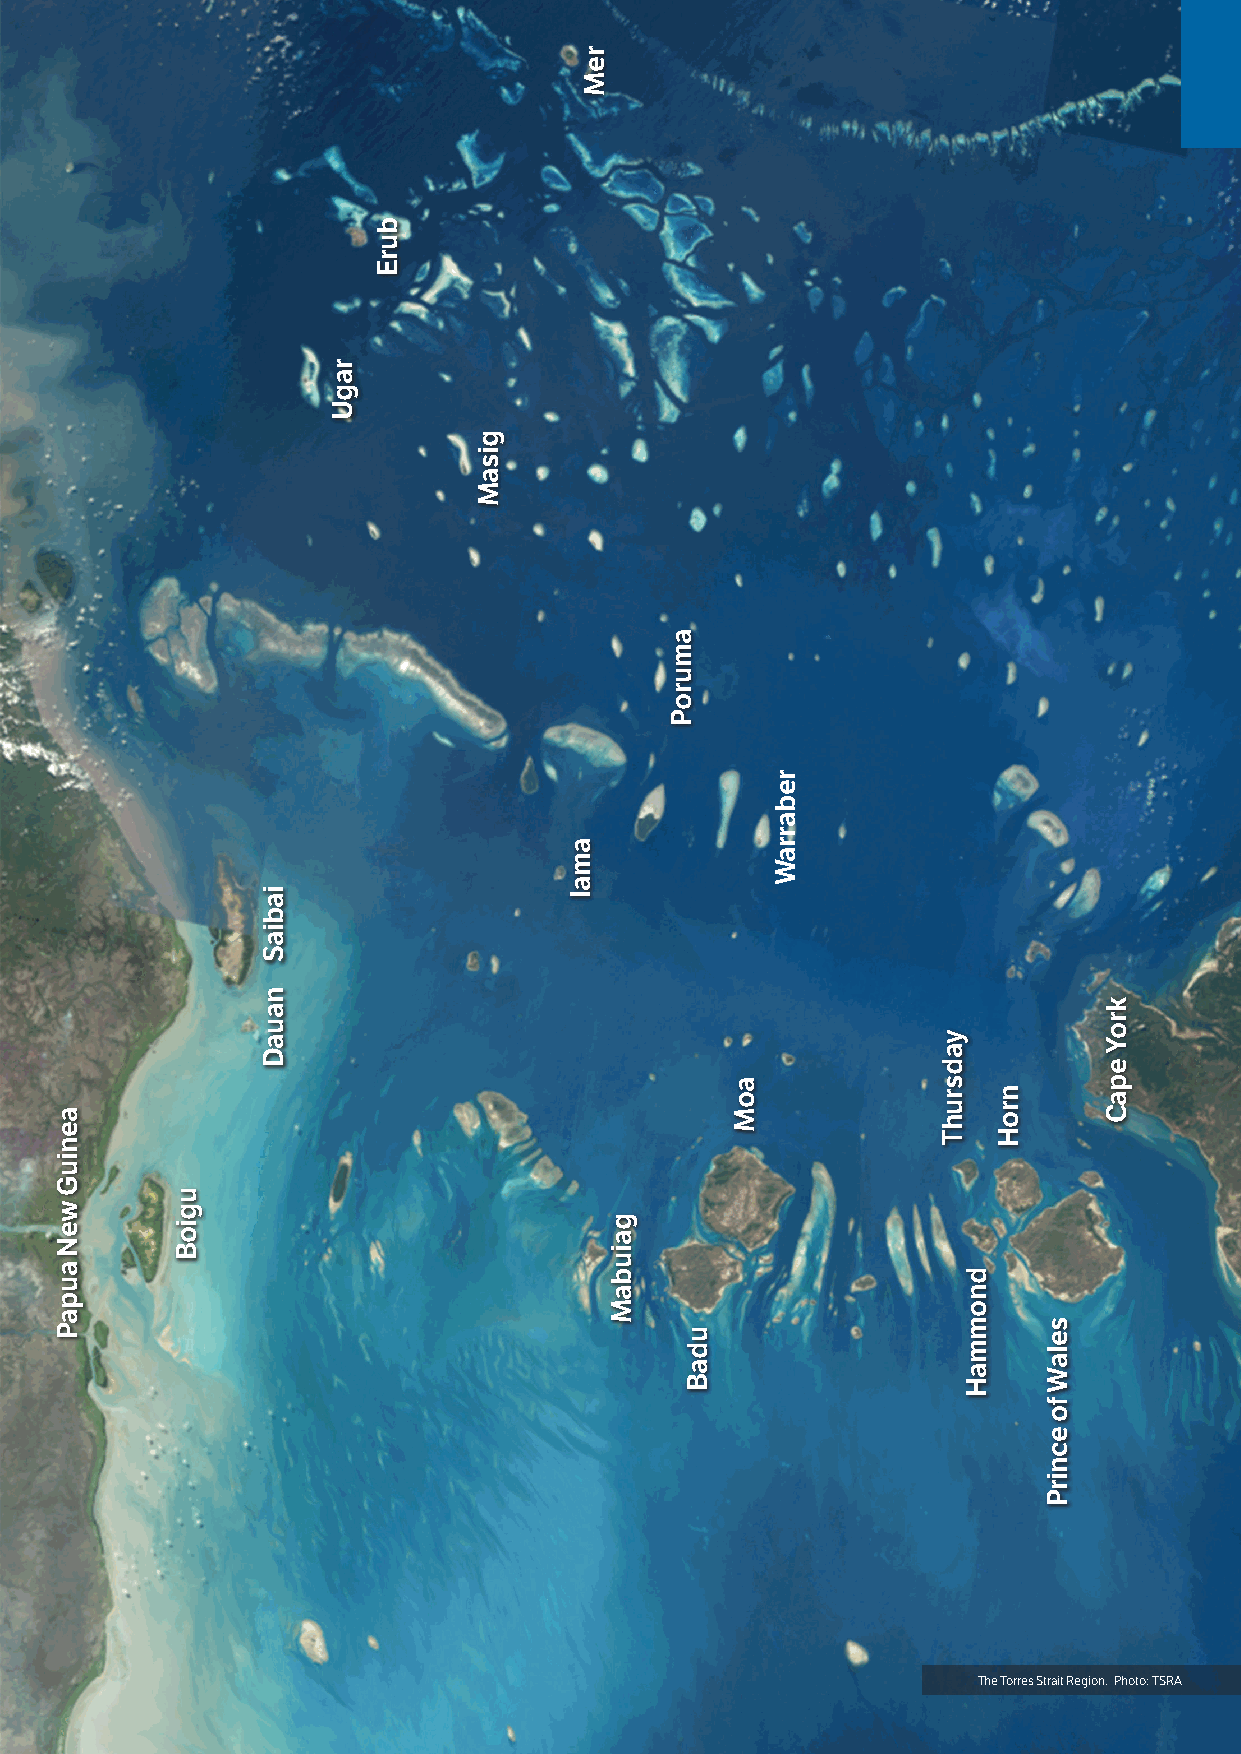
2 Torres Strait Regional Adaptation and Resilience Plan Torres Strait Regional Adaptation and Resilience Plan 3
 The Torres Strait Region. Photo: TSRA
 aeniuG
 weN
 aupaP
 ugioB
 iabiaS
 nauaD
 ragU
 burE
 gisaM
 amaI
 reM
 gaiubaM
 amuroP
 udaB
 aoM
 rebarraW
 yadsruhT
 dnommaH
 nroH
 selaW
 fo
 ecnirP
 kroY
 epaC